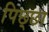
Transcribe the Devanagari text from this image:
पिछ्छा